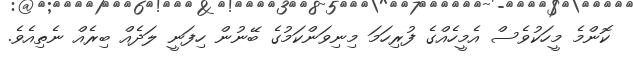
ކޮންމެ މީހަކުވެސް އެމީހެއްގެ ފުރިހަމަ މިނިވަންކަމުގެ ބޭނުން ހިފަނީ ލަދެއް ބިރެއް ނެތިއެވެ.